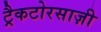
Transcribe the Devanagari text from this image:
ट्रैकटोरसाज़ी